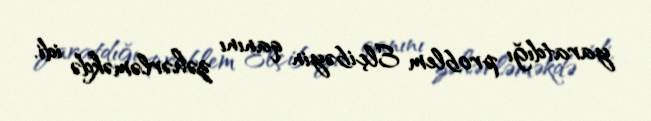
yaratdığı problem Elçibəyin qanını zəhərləməkdə idi.